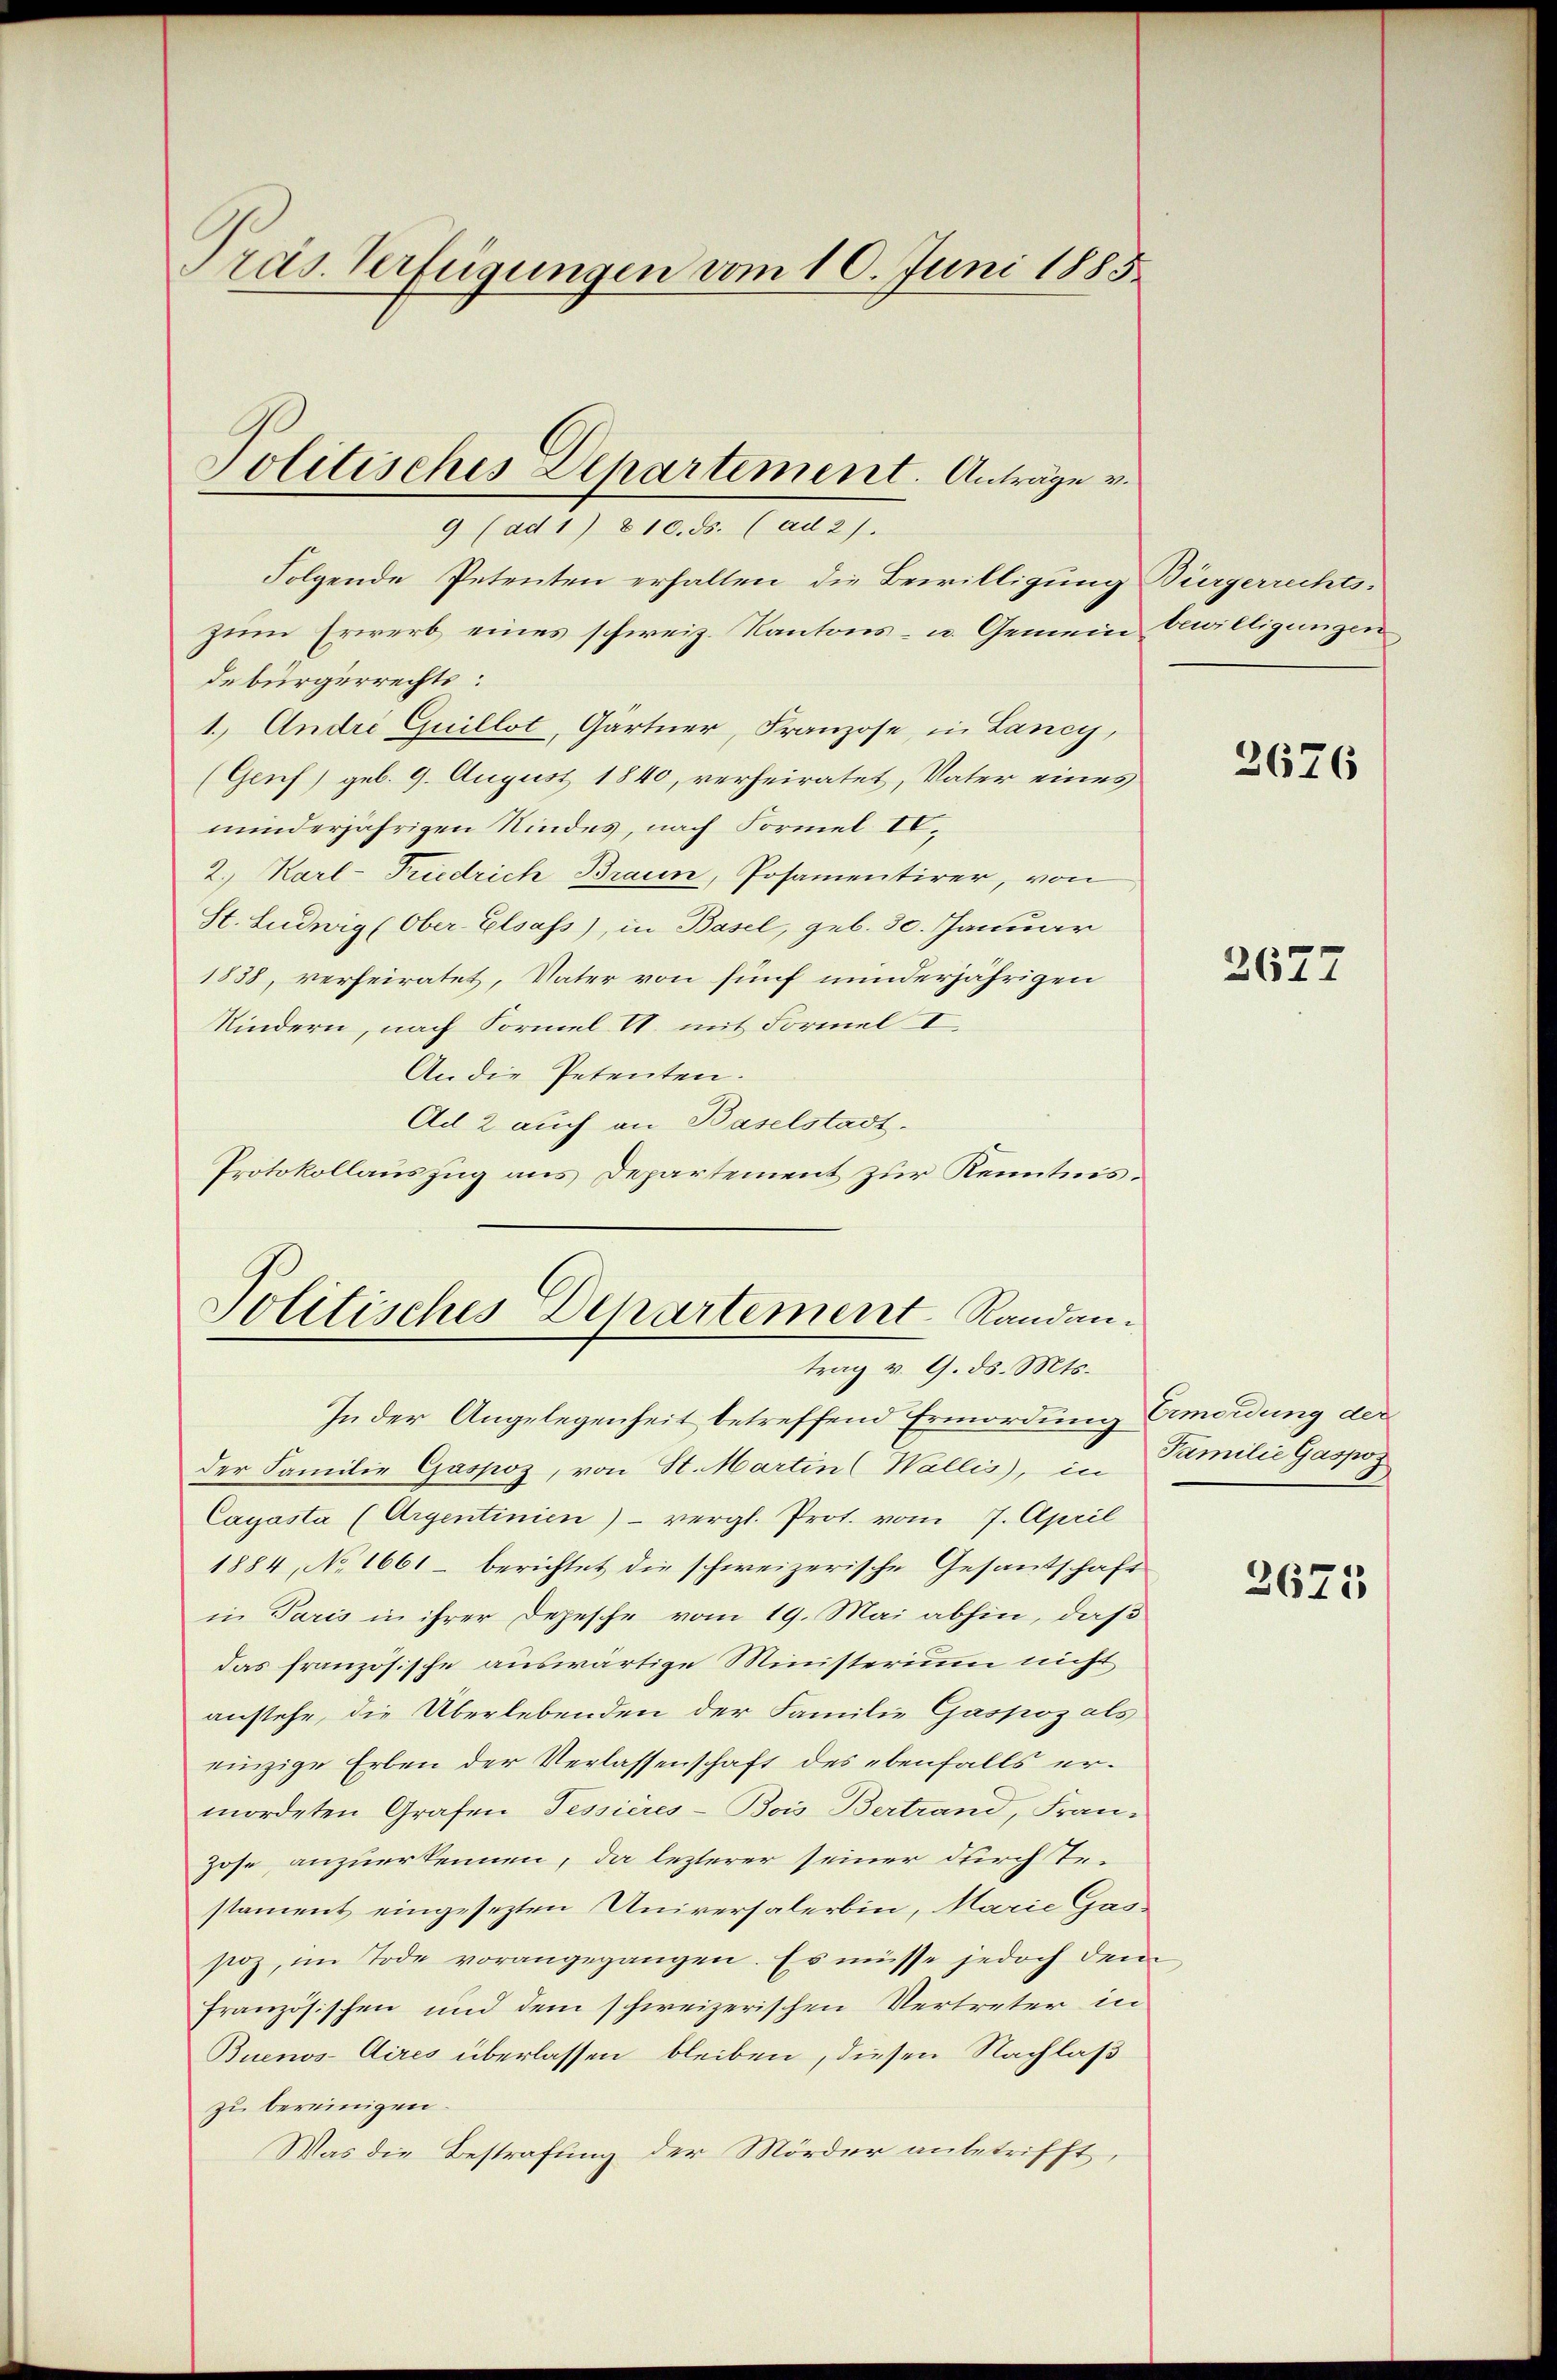
Pras Verfügungen vom 10. Juni 1885

Folgende Petenten erhalten, die Bewilligung Bürgerrechts-
zum Erwerb eines schweiz. Kantons- u. Gemein bewilligungen
debürgerrechts:
1.) Andre Guillot, Gärtner, Franzose, in Lancy,
(Genf) geb. 9. August 1840, verheiratet, Vater eines
minderjährigen Kindes, nach Formel IV.
2. Karl-Friedrich Braun, Posamentirer, von
St. Ludwig (Ober- Elsass), in Basel, geb. 30. Januar
1838, verheiratet, Vater von fünf minderjährigen
Kindern, nach Formel II. mit Formel I
An die Petenten.
Ad 2 auch an Baselstadt.
Protokollauszug aus Departement zur Kenntnis¬

Jolitisches Departement. Anträge v.
9 (ad 1) § 10. ds. (ad 2).

Solitisches Departement Randantrag v. 9. ds. Mts.

In der Angelegenheit betreffend Ermordung Ermordung der
der Familie Gaspoz, von St. Martin (Wallis, in Familie Gaspos
Cayasta (Argentinien) – vergl. Prot. vom 7. April
1884, No 1661 - berichtet die schweizerische Gesantschaft
in Paris in ihrer Depesche vom 19. Mai abhin, daß
das französische auswärtige Ministerium nicht
anstehe, die Überlebenden der Familie Gaspoz als
einzige Erben der Verlassenschaft des ebenfalls ermordeten Grafen Tessieres-Bois Bertrand, Fran-
Zose, anzuerkennen, da lezterer seiner durch Testament eingesezten Universalerbin, Marie Gas-
sioz, im Tode vorangegangen. Es müsse jedoch dem
französischen und dem schweizerischen Vertreter in
Buenos-Aires überlassen bleiben, diesen Nachlaß
zu bereinigen.
Was die Bestrafung der Mörder anbetrifft,

2676

2677

3675